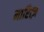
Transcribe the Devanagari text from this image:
मारित्ज़